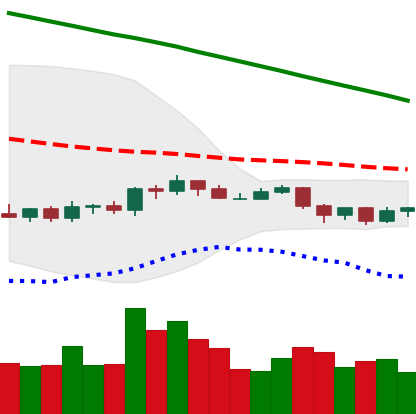
Ticker: ADA-USD
Chart end date: 2019-10-20
Forward return: 4.344%
Label: up_3_5